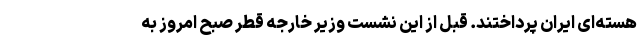
هسته‌ای ایران پرداختند. قبل از این نشست وزیر خارجه قطر صبح امروز به